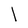
Character: l